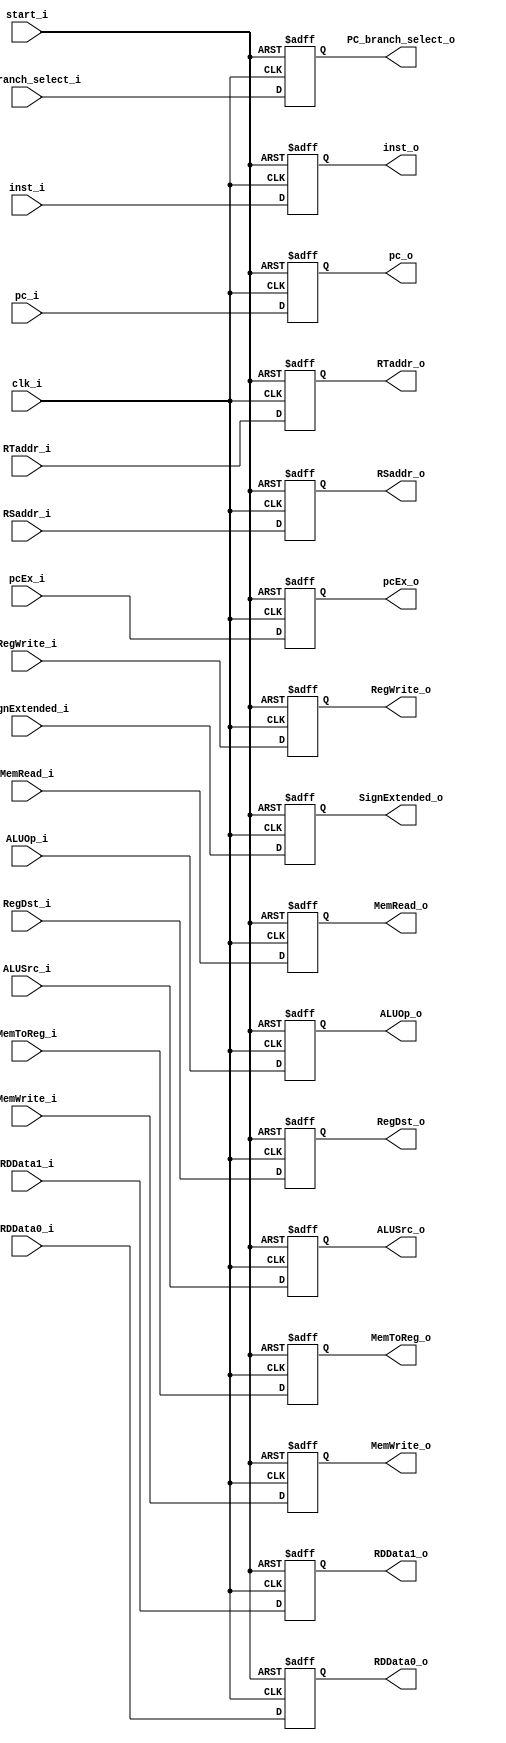
module ID_EX(
	clk_i,
	start_i,
	inst_i,
	pc_i,
	pcEx_i,
	RDData0_i,
	RDData1_i,
	SignExtended_i,
	RegDst_i,
	ALUOp_i,
	ALUSrc_i,
	RegWrite_i,
	MemToReg_i,
	MemRead_i,
	MemWrite_i,
	inst_o,
	PC_branch_select_i,
	RSaddr_i,     
    RTaddr_i,
	pc_o,
	pcEx_o,
	RDData0_o,
	RDData1_o,
	SignExtended_o,
	RegDst_o,
	ALUOp_o,
	ALUSrc_o,
	RegWrite_o,
	MemToReg_o,
	MemRead_o,
	MemWrite_o,
	PC_branch_select_o,
	RSaddr_o,
	RTaddr_o
);

input	clk_i, ALUSrc_i, RegWrite_i, MemToReg_i, MemRead_i, MemWrite_i, start_i; 
input	[31:0]	inst_i, pc_i, RDData0_i, RDData1_i, SignExtended_i;
input	[1:0]	ALUOp_i;
input 	[4:0]	RegDst_i,RSaddr_i,RTaddr_i;
input  [31:0] pcEx_i;
input PC_branch_select_i;
output	ALUSrc_o, RegWrite_o, MemToReg_o, MemRead_o, MemWrite_o;  
output	[31:0]	inst_o, pc_o, RDData0_o, RDData1_o, SignExtended_o;
output	[1:0]	ALUOp_o;
output 	[4:0]	RegDst_o,RSaddr_o,RTaddr_o;
output  [31:0] pcEx_o;
output reg PC_branch_select_o;
reg	ALUSrc_o, RegWrite_o, MemToReg_o, MemRead_o, MemWrite_o;  
reg	[31:0]	inst_o, pc_o, RDData0_o, RDData1_o, SignExtended_o,pcEx_o;
reg	[1:0]	ALUOp_o;
reg [4:0]	RegDst_o,RSaddr_o,RTaddr_o;

always@(posedge clk_i or negedge start_i) begin
	if(~start_i) begin
		inst_o <= 0;
		pc_o <= 0 ;
		RDData0_o <= 0;
		RDData1_o <= 0;
		SignExtended_o <= 0;
		RegDst_o <= 0;
		ALUOp_o <= 0;
		ALUSrc_o <= 0;
		RegWrite_o <= 0;
		MemToReg_o <= 0;
		MemRead_o <= 0;
		MemWrite_o <= 0;
		pcEx_o <= 0;
		PC_branch_select_o <=0;
		RSaddr_o <= 0;
		RTaddr_o <= 0;
	end
	else begin
		inst_o <= inst_i;
		pc_o <= pc_i ;
		RDData0_o <= RDData0_i;
		RDData1_o <= RDData1_i;
		SignExtended_o <= SignExtended_i;
		RegDst_o <= RegDst_i;
		ALUOp_o <= ALUOp_i;
		ALUSrc_o <= ALUSrc_i;
		RegWrite_o <= RegWrite_i;
		MemToReg_o <= MemToReg_i;
		MemRead_o <= MemRead_i;
		MemWrite_o <= MemWrite_i;
		pcEx_o <= pcEx_i;
		PC_branch_select_o <= PC_branch_select_i;
		RSaddr_o <= RSaddr_i;
		RTaddr_o <= RTaddr_i;
	end
end

endmodule